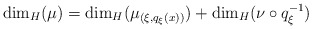
\begin{align*}\dim _H ( \mu ) = \dim _H ( \mu _{(\xi, q_\xi (x) )} ) + \dim _H ( \nu \circ q _\xi ^{-1} ) \end{align*}